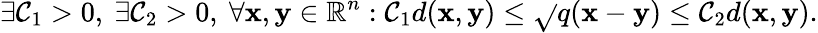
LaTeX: \exists\mathcal{C}_{1}>0,\ \exists\mathcal{C}_{2}>0,\ \forall\mathbf{{x}},\mathbf{{y}}\in\mathbb{{R}}^{n}:\mathcal{C}_{1}d(\mathbf{{x}},\mathbf{{y}})\leq{\sqrt{}{{q(\mathbf{{x}}-\mathbf{{y}})}}}\leq\mathcal{C}_{2}d(\mathbf{{x}},\mathbf{{y}}).